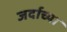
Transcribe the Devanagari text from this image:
जर्दाच्या